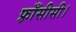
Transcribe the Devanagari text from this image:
फ़्राँसीसी।